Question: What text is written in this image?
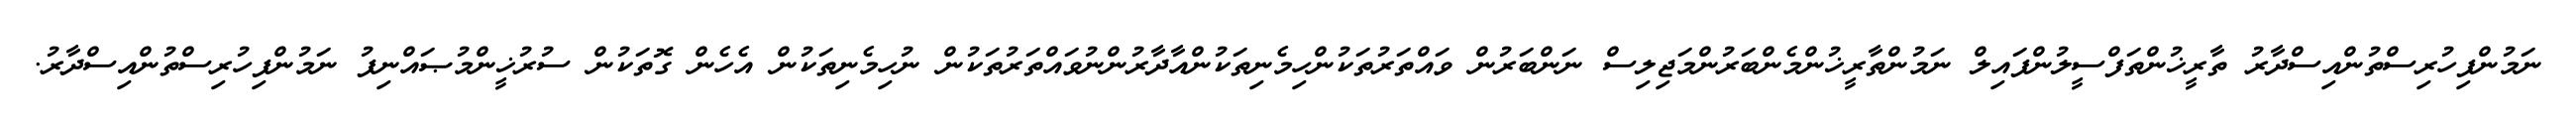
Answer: ނަމުންފިހުރިސްތުންއިސްދާރު ތާރީޚުންތަފްސީލުންފައިލް ނަމުންތާރީޚުންމެންބަރުންމަޖިލިސް ނަންބަރުން ވައްތަރުތަކުންހިމެނިތަކުންއާދާރުންނުވައްތަރުތަކުން ނުހިމެނިތަކުން އެހެން ގޮތަކުން ސުރުޚީންމުޞައްނިފު ނަމުންފިހުރިސްތުންއިސްދާރު.